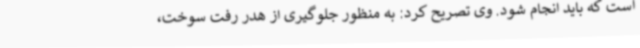
است که باید انجام شود. وی تصریح کرد: به منظور جلوگیری از هدر رفت سوخت،